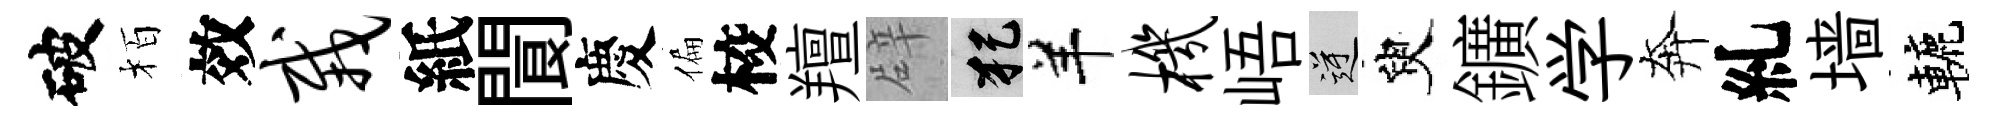
破栢效栽紙閬慶偏校羶辟犯羊机峿逆臾鑛学奔糺墙轆